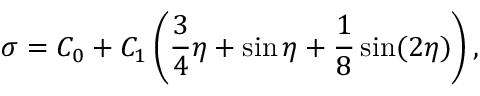
\sigma = C _ { 0 } + C _ { 1 } \left( \frac { 3 } { 4 } \eta + \sin \eta + \frac { 1 } { 8 } \sin ( 2 \eta ) \right) ,